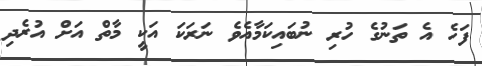
ފަހެ އެ ތަނުގެ ހުރި ނުބައިކަމާއެވެ ނަރަކަ އަކީ މާތް އަށް އުރެދި